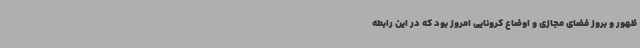
ظهور و بروز فضای مجازی و اوضاع کرونایی امروز بود که در این رابطه